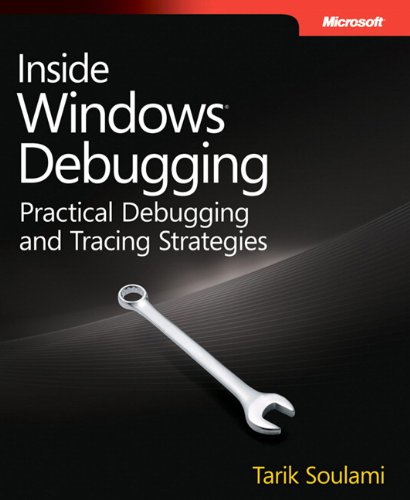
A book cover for Inside Windows Debugging (Developer Reference); Tarik Soulami; Computers & Technology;